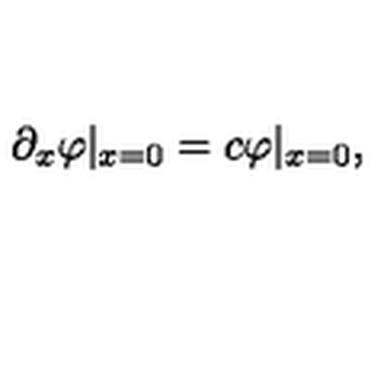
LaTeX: \partial _ { x } \varphi | _ { x = 0 } = c \varphi | _ { x = 0 } ,